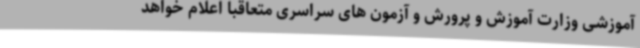
آموزشی وزارت آموزش و پرورش و آزمون های سراسری متعاقباً اعلام خواهد